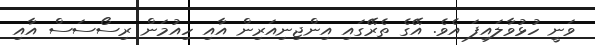
ވަނީ ހުޅުވާލައިފަ އެވެ. އޭގެ ތެރޭގައި އިންޖިނިއަރިން އާއި ހިއުމަން ރިސޯސަސް އާއި